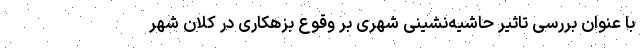
با عنوان بررسی تاثیر حاشیه‌نشینی شهری بر وقوع بزهکاری‌ در کلان شهر